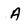
Character: A